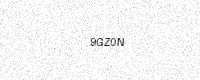
Text: 9GZ0N